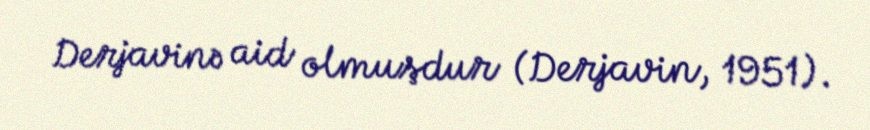
Derjavinə aid olmuşdur (Derjavin, 1951).